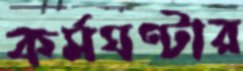
কর্মঘণ্টার